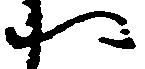
へ